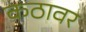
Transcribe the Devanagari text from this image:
कठावर